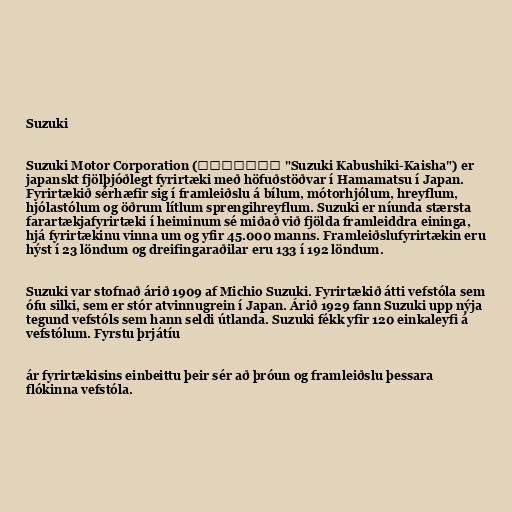
Suzuki

Suzuki Motor Corporation (スズキ株式会社 "Suzuki Kabushiki-Kaisha") er
japanskt fjölþjóðlegt fyrirtæki með höfuðstöðvar í Hamamatsu í Japan.
Fyrirtækið sérhæfir sig í framleiðslu á bílum, mótorhjólum, hreyflum,
hjólastólum og öðrum lítlum sprengihreyflum. Suzuki er níunda stærsta
farartækjafyrirtæki í heiminum sé miðað við fjölda framleiddra eininga,
hjá fyrirtækinu vinna um og yfir 45.000 manns. Framleiðslufyrirtækin eru
hýst í 23 löndum og dreifingaraðilar eru 133 í 192 löndum.

Suzuki var stofnað árið 1909 af Michio Suzuki. Fyrirtækið átti vefstóla sem
ófu silki, sem er stór atvinnugrein í Japan. Árið 1929 fann Suzuki upp nýja
tegund vefstóls sem hann seldi útlanda. Suzuki fékk yfir 120 einkaleyfi á
vefstólum. Fyrstu þrjátíu

ár fyrirtækisins einbeittu þeir sér að þróun og framleiðslu þessara
flókinna vefstóla.